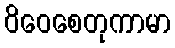
ဝိဝေစေတုကာမာ